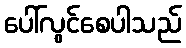
ပေါ်လွင်စေပါသည်